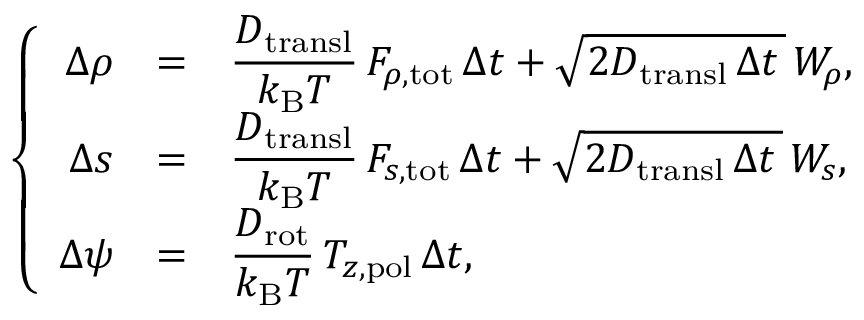
\left\{ \begin{array} { r c l } { { \Delta \rho } } & { = } & { \displaystyle \frac { D _ { \mathrm { t r a n s l } } } { k _ { \mathrm { B } } T } \, F _ { \rho , \mathrm { t o t } } \, { \Delta t } + \sqrt { 2 D _ { \mathrm { t r a n s l } } \, \Delta t \, } \, W _ { \rho } , } \\ { { \Delta s } } & { = } & { \displaystyle \frac { D _ { \mathrm { t r a n s l } } } { k _ { \mathrm { B } } T } \, F _ { s , \mathrm { t o t } } \, { \Delta t } + \sqrt { 2 D _ { \mathrm { t r a n s l } } \, \Delta t \, } \, W _ { s } , } \\ { { \Delta \psi } } & { = } & { \displaystyle \frac { D _ { \mathrm { r o t } } } { k _ { \mathrm { B } } T } \, T _ { z , \mathrm { p o l } } \, { \Delta t } , } \end{array} \right.